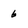
Character: 6